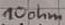
Text: 10ohm